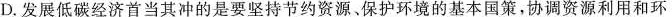
D.发展低碳经济首当其冲的是要坚持节约资源、保护环境的基本国策，协调资源利用和环